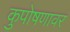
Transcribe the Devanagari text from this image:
कुपोषणावर